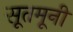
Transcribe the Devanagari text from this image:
सूतमूनी